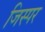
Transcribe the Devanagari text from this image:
जिस्पर